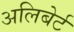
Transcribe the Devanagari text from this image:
अलिबेर्ट